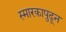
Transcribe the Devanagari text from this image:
स्मारकापुढून